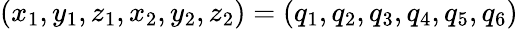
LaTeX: (x_{1},y_{1},z_{1},x_{2},y_{2},z_{2})=(q_{1},q_{2},q_{3},q_{4},q_{5},q_{6})